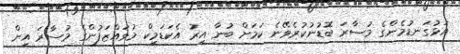
އަޅުގަނޑުމެންގެ މުސާރަ ބޮޑުނުކުރެވޭނެ ކަމަށް ބުނާ އިރު އެކަޑަމިކް މުވައްޒަފުންގެ މުސާރަ އިން